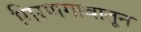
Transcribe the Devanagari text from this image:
गिरणगावातून